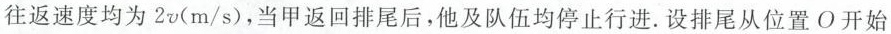
往返速度均为2v(m/s)，当甲返回排尾后，他及队伍均停止行进。设排尾从位置О开始